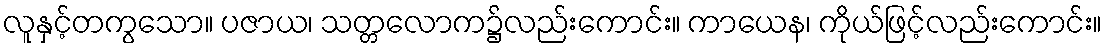
လူနှင့်တကွသော။ ပဇာယ၊ သတ္တလောက၌လည်းကောင်း။ ကာယေန၊ ကိုယ်ဖြင့်လည်းကောင်း။